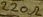
Text: 220Ω